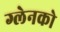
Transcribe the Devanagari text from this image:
ग्लेनको